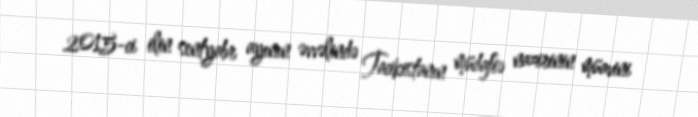
2015-ci ilin sentyabr ayının əvvəlində Tacikistanın müdafiə nazirinin müavini